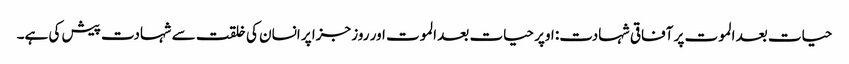
حیات بعد الموت پر آفاقی شہادت: اوپر حیات بعد الموت اور روز جزا پر انسان کی خلقت سے شہادت پیش کی ہے۔